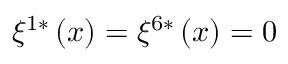
\xi ^ { 1 * } \left( x \right) = \xi ^ { 6 * } \left( x \right) = 0